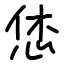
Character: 恷